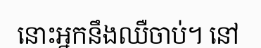
នោះអ្នកនឹងឈឺចាប់។ នៅ